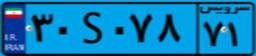
۳۰S۰۷۸۷۱